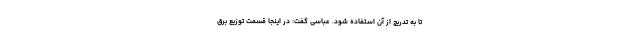
تا به تدریج از آن استفاده شود. عباسی گفت: در اینجا قسمت توزیع برق